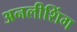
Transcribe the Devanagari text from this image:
अनलीशिंग